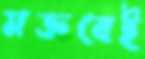
মক্তবেই